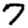
Digit: 7